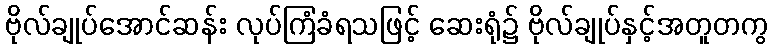
ဗိုလ်ချုပ်အောင်ဆန်း လုပ်ကြံခံရသဖြင့် ဆေးရုံ၌ ဗိုလ်ချုပ်နှင့်အတူတကွ